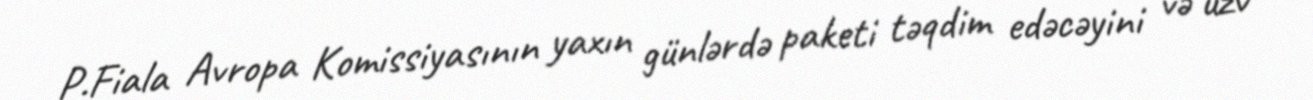
P.Fiala Avropa Komissiyasının yaxın günlərdə paketi təqdim edəcəyini və üzv